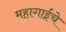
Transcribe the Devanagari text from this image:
महागाईचे